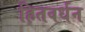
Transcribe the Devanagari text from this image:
हितवर्धन